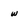
Character: w